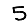
Digit: 5